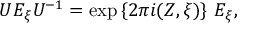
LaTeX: U E _ { \xi } U ^ { - 1 } = \exp \left\{ 2 \pi i ( Z , \xi ) \right\} \, E _ { \xi } ,